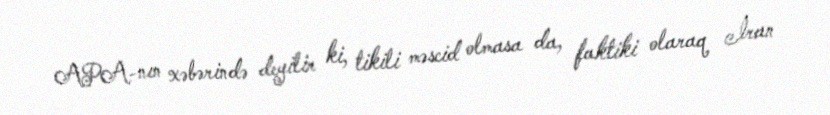
APA-nın xəbərində deyilir ki, tikili məscid olmasa da, faktiki olaraq İran